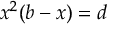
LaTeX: \ x ^ { 2 } ( b - x ) = d